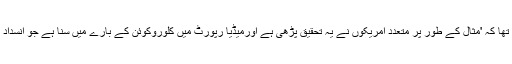
ان کا مزید کہنا تھا کہ 'مثال کے طور پر متعدد امریکوں نے یہ تحقیق پڑھی ہے اورمیڈیا رپورٹ میں کلوروکوئن کے بارے میں سنا ہے جو انسداد ملیریا دوا ہے''۔